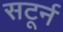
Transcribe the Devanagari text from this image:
सटूर्न